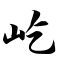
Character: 屹